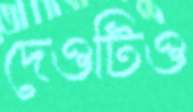
দেওটিও